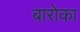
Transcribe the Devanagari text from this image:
बारोका